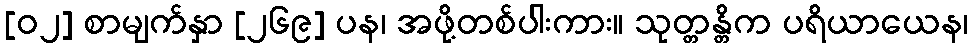
[၀၂] စာမျက်နှာ [၂၆၉] ပန၊ အဖို့တစ်ပါးကား။ သုတ္တန္တိက ပရိယာယေန၊